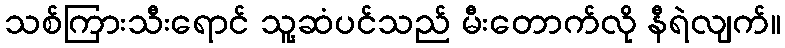
သစ်ကြားသီးရောင် သူ့ဆံပင်သည် မီးတောက်လို နီရဲလျက်။